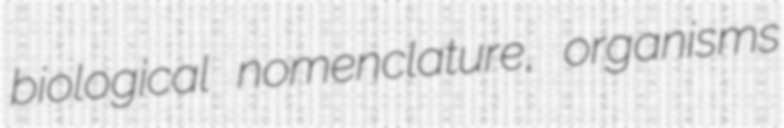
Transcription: biological nomenclature, organisms